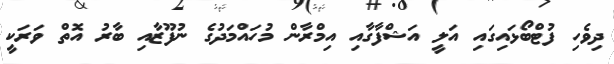
ދިވެހި ފުޓްބޯޅައިގައި އަލީ އަޝްފާގާއި އިމްރާން މުހައްމަދުގެ ނުފޫޒާއި ބާރު އޮތް ވަރަކީ